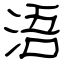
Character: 浯